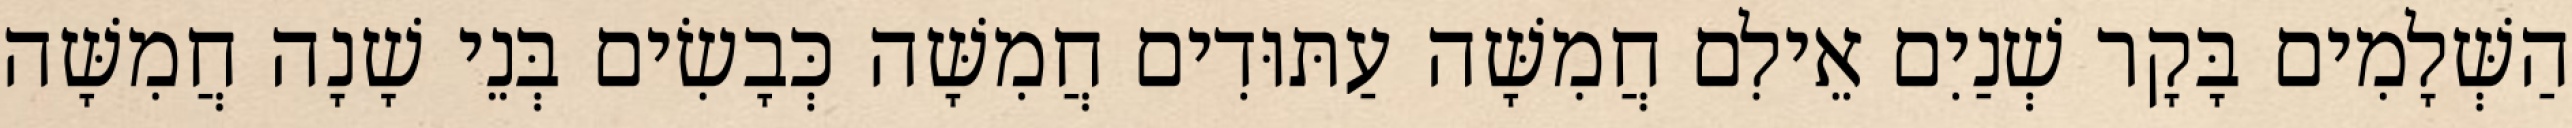
הַשְּׁלָמִים בָּקָר שְׁנַיִם אֵילִם חֲמִשָּׁה עַתּוּדִים חֲמִשָּׁה כְּבָשִׂים בְּנֵי שָׁנָה חֲמִשָּׁה